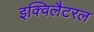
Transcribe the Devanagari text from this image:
इक्विलैटरल